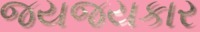
જયજયકાર